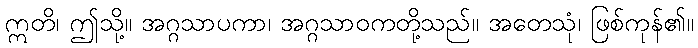
ဣတိ၊ ဤသို့။ အဂ္ဂသာပကာ၊ အဂ္ဂသာဝကတို့သည်။ အတေသုံ၊ ဖြစ်ကုန်၏။